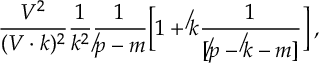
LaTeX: \frac { V ^ { 2 } } { ( V \cdot k ) ^ { 2 } } \frac 1 { k ^ { 2 } } \frac 1 { \not p - m } \Big [ 1 + \not k \frac 1 { [ \not p - \not k - m ] } \Big ] \, ,